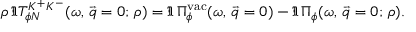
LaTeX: \rho \, \Im T _ { \phi N } ^ { K ^ { + } K ^ { - } } ( \omega , \, \vec { q } = 0 ; \, \rho ) = \Im \, \Pi _ { \phi } ^ { \mathrm { v a c } } ( \omega , \, \vec { q } = 0 ) - \Im \, \Pi _ { \phi } ( \omega , \, \vec { q } = 0 ; \, \rho ) .